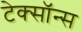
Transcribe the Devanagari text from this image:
टेक्सॉन्स